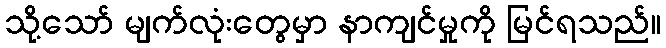
သို့သော် မျက်လုံးတွေမှာ နာကျင်မှုကို မြင်ရသည်။